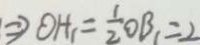
\Rightarrow O H _ { 1 } = \frac { 1 } { 2 } O B _ { 1 } = 2